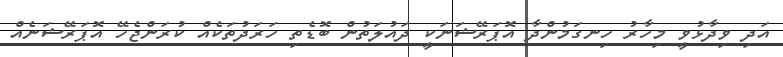
އަދި ވިދާޅުވީ މިހާރު ހިނގަމުންދާ އޮޕަރޭޝަނަކީ ދައުލަތުން ބޮޑެތި ހަރަދުތަކެއް ކުރަންޖެހޭ އޮޕަރޭޝަނެއް